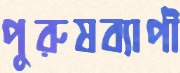
পুরুষব্যাপী